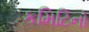
કમિટિનો